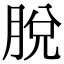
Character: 脫